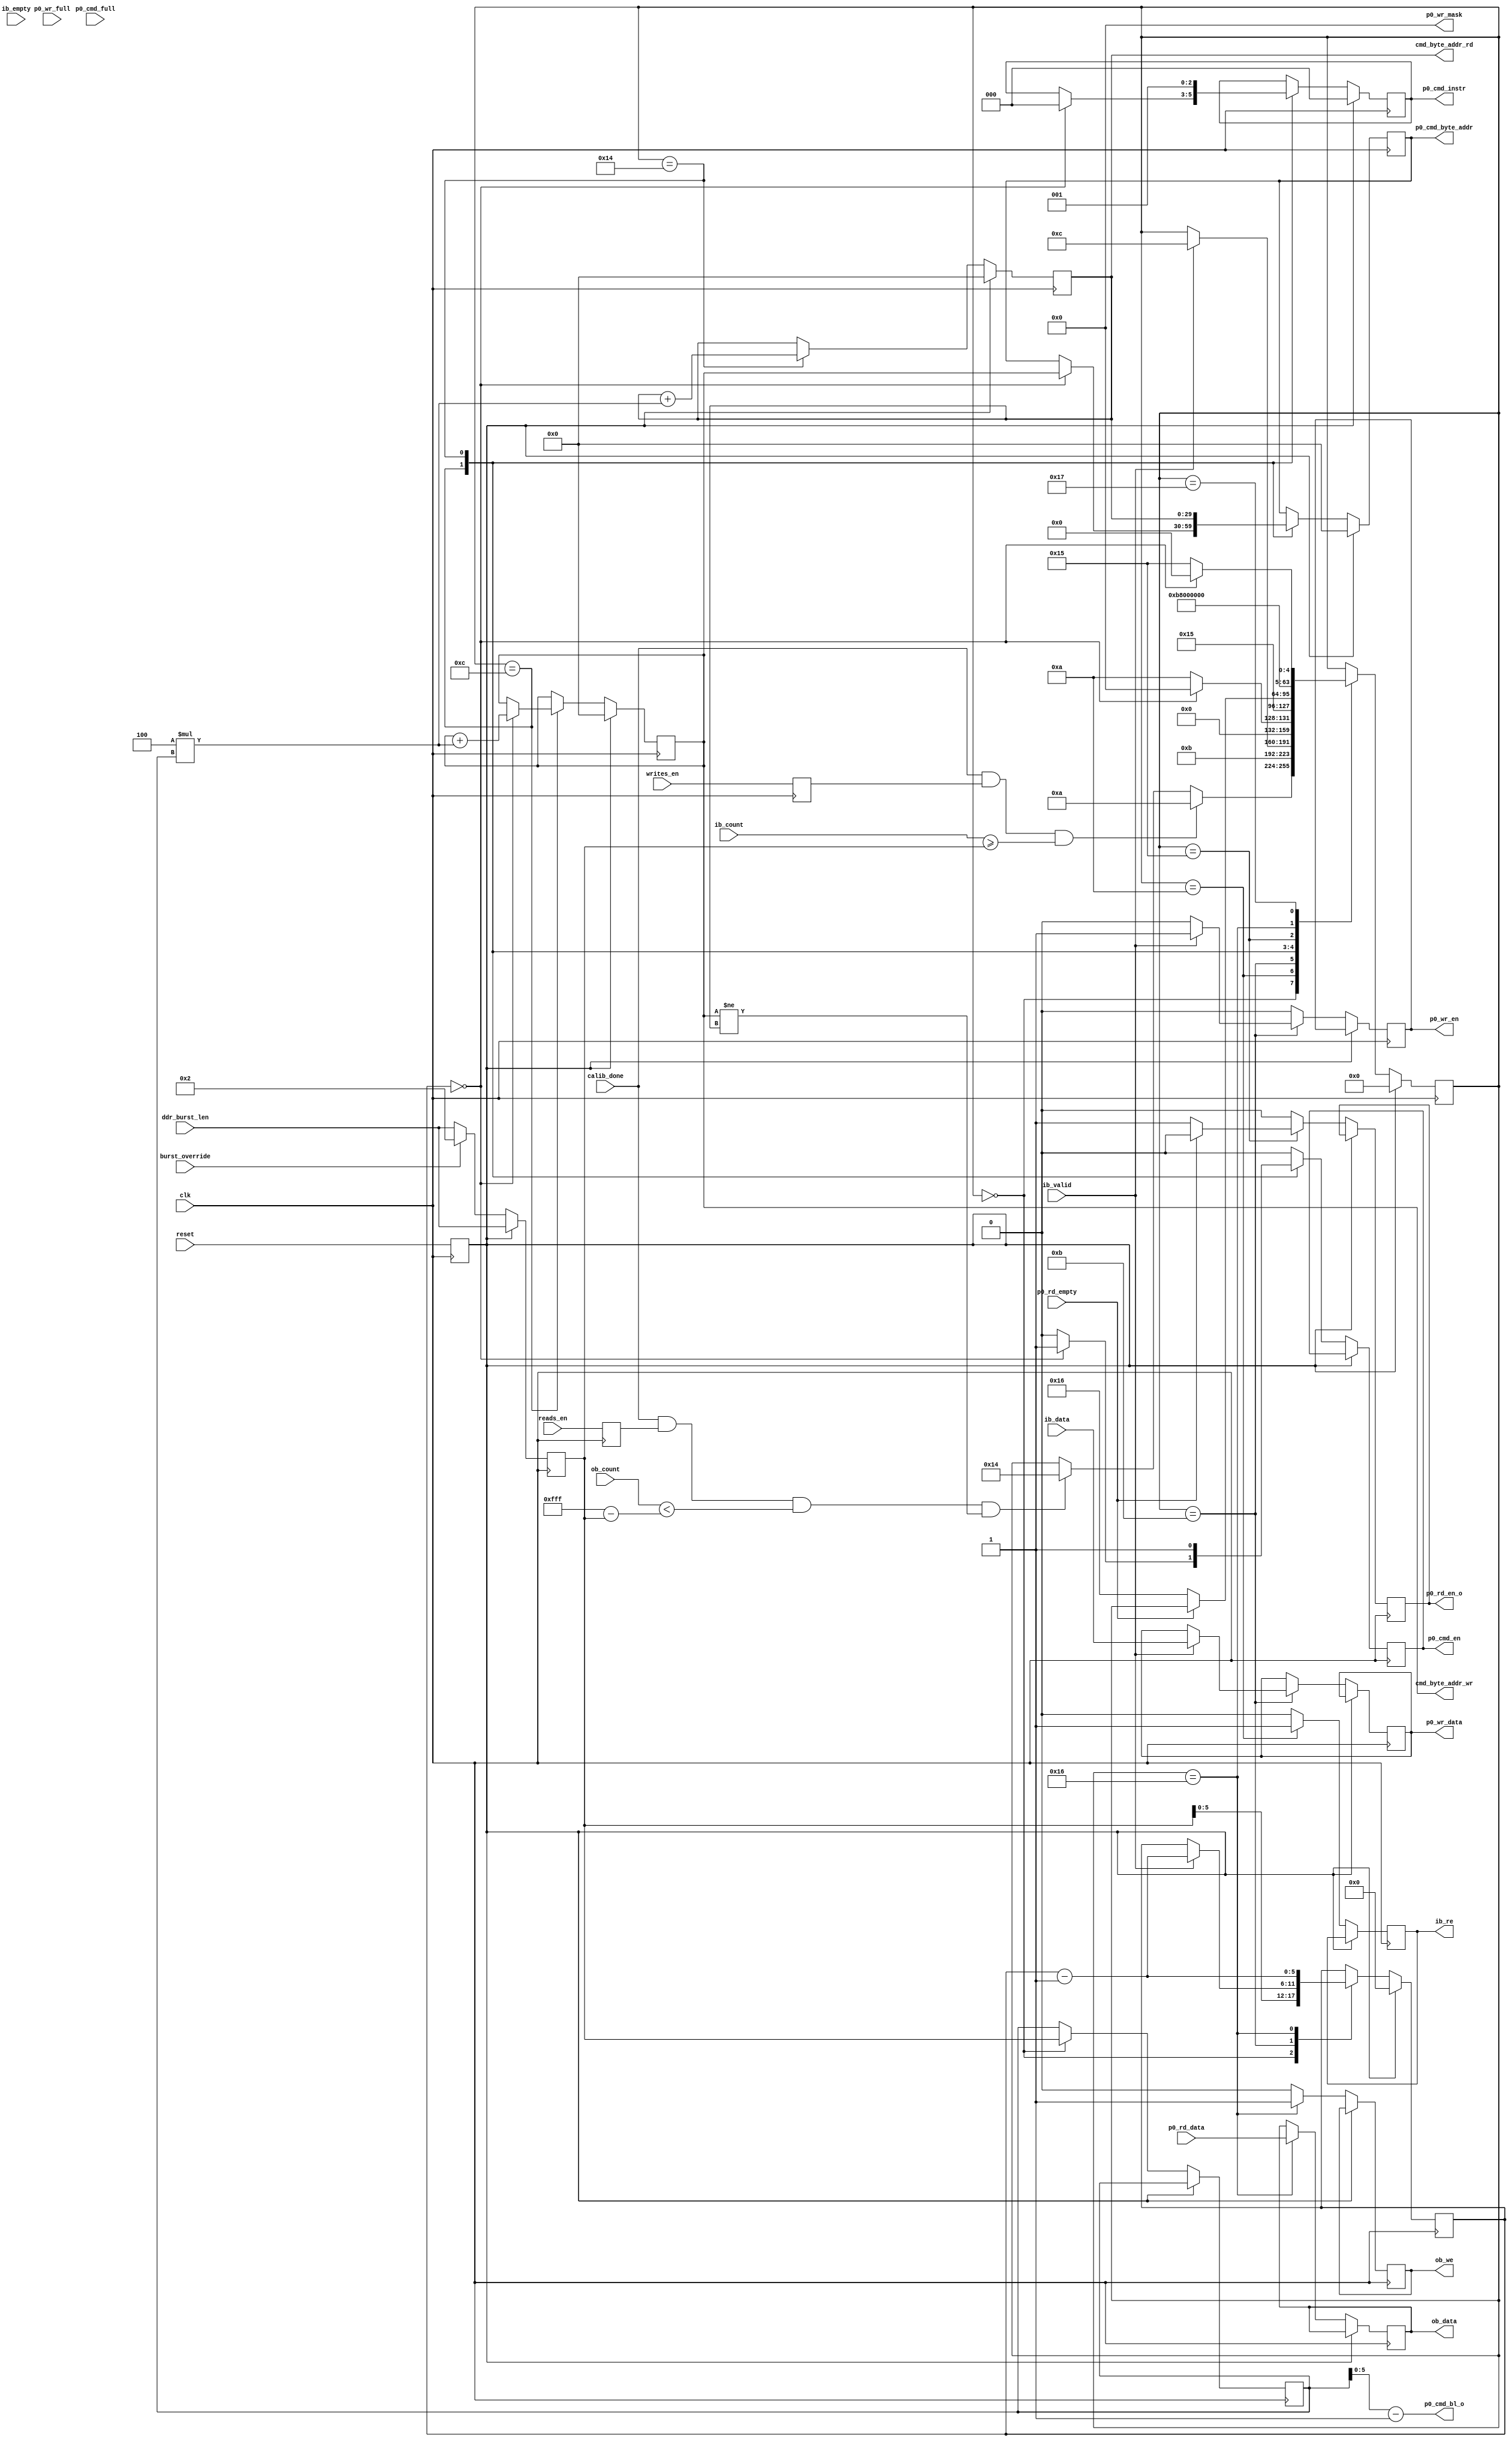
`timescale 1ns/1ps
//////////////////////////////////////////////////////////////////////////////////
// Company: 		 Intan Technologies, LLC
// 
// Design Name: 	 RHD2000 Rhythm Interface
// Module Name:    ddr2_state_machine
// Project Name:   Opal Kelly FPGA/USB RHD2000 Interface
// Target Devices: 
// Tool versions: 
// Description: 	 SDRAM memory controller read/write state machine
//                 Adapted from ddr2_test.v from Opal Kelly's RAMTester example
//
// Dependencies: 
//
// Revision: 
// Revision 0.01 - File Created
// Additional Comments: 
//
//////////////////////////////////////////////////////////////////////////////////

//`default_nettype none

module ddr2_state_machine
	(
	input  wire          clk,
	input  wire          reset,
	input  wire          writes_en,
	input  wire          reads_en,
	input  wire          calib_done, 
	
	//DDR Input Buffer (ib_)
	output reg           ib_re,
	input  wire [31:0]   ib_data,
	input  wire [11:0]	 ib_count,
	input  wire          ib_valid,
	input  wire          ib_empty,
	
	//DDR Output Buffer (ob_)
	output reg           ob_we,
	output reg  [31:0]   ob_data,
	input  wire [11:0]	 ob_count,
	
	output reg           p0_rd_en_o, 
	input  wire          p0_rd_empty,
	input  wire [31:0]   p0_rd_data,
	
	input  wire          p0_cmd_full,
	output reg           p0_cmd_en,
	output reg  [2:0]    p0_cmd_instr,
	output reg  [29:0]   p0_cmd_byte_addr,
	output wire [5:0]    p0_cmd_bl_o, 
	input  wire          p0_wr_full,
	output reg           p0_wr_en,
	output reg  [31:0]   p0_wr_data,
	output wire [3:0]    p0_wr_mask,
	
	output reg [29:0]    cmd_byte_addr_wr,  // Added by Intan as output for capacity monitoring
	output reg [29:0]    cmd_byte_addr_rd,  // Added by Intan as output for capacity monitoring
    input wire [31:0]    ddr_burst_len,     // Added for usb3 to set burst length
    input wire           burst_override     // Assert to change burst_len
	);

	localparam FIFO_SIZE	  = 4096;
	//localparam BURST_LEN      = 32;  // Number of 32-bit data chunks transferred per cycle
									    // Must be multiple of two!
    // Note: This parameter was set to 32 in the Opal Kelly RAMTester example.
    // Intan set this parameter to its minimum allowable value (2) and see no
    // performance degradation.  With BURST_LEN set to 2, the FIFO accepts data
    // in 2*32 = 64-bit chunks, so it reads 64/16 = 4 16-bit words in every cycle.
    // Thus, it is important to ensure that every sampling time step transfers an
    // integer multiple of 4 words to the FIFO.  Otherwise, we will end up with 1-3
    // "leftover" data words that will not be accepted by the FIFO after sampling
    // has paused or stopped.
    //
    // Setting BURST_LEN to higher may result in faster input/output to the
    // SDRAM.

	reg [5:0]  burst_cnt;

	reg         write_mode;
	reg         read_mode;
	reg         reset_d;
    reg [31:0]  new_burst_len;      // Input gets pushed in here.
    reg [31:0]  active_burst_len;   // BURST_LEN should only change in idle state. Keeps active burst_len.


	assign p0_cmd_bl_o = active_burst_len - 1;
	assign p0_wr_mask = 4'b0000;

	always @(posedge clk) write_mode <= writes_en;
	always @(posedge clk) read_mode <= reads_en;
	always @(posedge clk) reset_d <= reset;

	integer state;
	localparam    s_idle  = 0,
				  s_write1 = 10,
				  s_write2 = 11,
				  s_write3 = 12,
				  s_read1 = 20,
				  s_read2 = 21,
				  s_read3 = 22,
				  s_read4 = 23;
				  
	always @(posedge clk) begin
		if (reset_d) begin
			state           <= s_idle;
			burst_cnt       <= 3'b000;
			cmd_byte_addr_wr  <= 0;
			cmd_byte_addr_rd  <= 0;
			p0_cmd_instr <= 3'b0;
			p0_cmd_byte_addr <= 30'b0;
            new_burst_len <= ddr_burst_len;    // on reset, saves input.
		end else begin
			p0_cmd_en  <= 1'b0;
			p0_wr_en <= 1'b0;
			ib_re <= 1'b0;
			p0_rd_en_o   <= 1'b0;
			ob_we <= 1'b0;
            new_burst_len <= burst_override ? 32'd2 : ddr_burst_len;   // Change to 2 for flushing.

			case (state)
                s_idle: begin
                    // Sync burst_len in idle state.
                    burst_cnt <= new_burst_len;
                    active_burst_len <= new_burst_len;
                    
                    // only start writing when initialization is done and
                    // there is sufficient data present in the input FIFO
                    if (calib_done==1 && write_mode==1 && (ib_count >= new_burst_len)) begin
                        state <= s_write1;
                    // Only start reading when init is done, there is room in
                    // the output FIFO buffer and (IMPORTANT, added this to
                    // ramtest code!) we are not reading past the point where
                    // data was just written.
                    end else if (calib_done==1 && read_mode==1 && (ob_count<(FIFO_SIZE-1-new_burst_len)) && (cmd_byte_addr_wr != cmd_byte_addr_rd)) begin
                        state <= s_read1;
                    end
                end

				s_write1: begin
					state <= s_write2;
					ib_re <= 1'b1;
				end

				s_write2: begin
					if(ib_valid==1) begin
						p0_wr_data <= ib_data;
						p0_wr_en   <= 1'b1;
						burst_cnt <= burst_cnt - 1;
						state <= s_write3;
					end
				end
				
				s_write3: begin
                    if (burst_cnt == 3'd0) begin
                        p0_cmd_en <= 1'b1;
                        p0_cmd_byte_addr <= cmd_byte_addr_wr;
                        cmd_byte_addr_wr <= cmd_byte_addr_wr + 4*active_burst_len;
                        p0_cmd_instr     <= 3'b000;
                        state <= s_idle;
                    end else begin
                        state <= s_write1;
                    end
                end

				s_read1: begin
					p0_cmd_byte_addr <= cmd_byte_addr_rd;
					cmd_byte_addr_rd <= cmd_byte_addr_rd + 4*active_burst_len;
					p0_cmd_instr     <= 3'b001;
					p0_cmd_en        <= 1'b1;
					state <= s_read2;
				end
				
				s_read2: begin
                    // if SDRAM not empty, read. otherwise wait.
					if(p0_rd_empty==0) begin
						p0_rd_en_o   <= 1'b1;
						state <= s_read3;
					end
				end
				
				s_read3: begin
					ob_data <= p0_rd_data;
                    ob_we <= 1'b1;
                    burst_cnt <= burst_cnt - 1;
                    state <= s_read4;
				end
				
				s_read4: begin
                    if (burst_cnt == 3'd0) begin
                        state <= s_idle;
                    end else begin
                        state <= s_read2;
                    end
                end
					
			endcase
		end
	end


endmodule